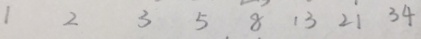
1 2 3 5 8 1 3 2 1 3 4